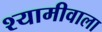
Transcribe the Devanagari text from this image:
श्यामीवाला